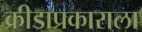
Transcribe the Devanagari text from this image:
क्रीडाप्रकाराला